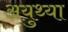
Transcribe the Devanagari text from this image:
अयुथ्या